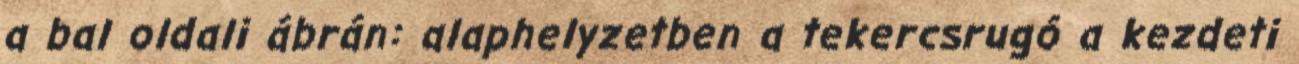
a bal oldali ábrán: alaphelyzetben a tekercsrugó a kezdeti